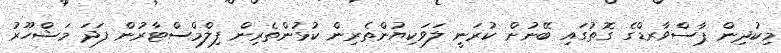
މިކުދިން ޕާސްވާރޑްގެ ގޮތުގައި ބޭނުން ކުރަނީ ލަވަކިޔުންތެރިން ކުޅުންތެރިން ފިލްމްސްޓާރުން ފަދަ މަޝްހޫރު